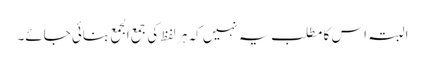
البتہ اس کا مطلب یہ نہیں کہ ہر لفظ کی جمع الجمع بنائی جائے۔